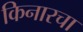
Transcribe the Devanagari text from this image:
किनारचा